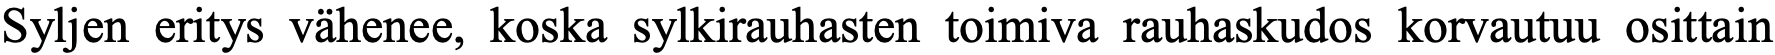
Syljen eritys vähenee, koska sylkirauhasten toimiva rauhaskudos korvautuu osittain